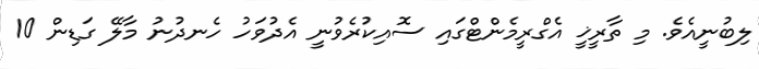
ލިބުނީއެވެ. މި ތާރީޚީ އެގްރީމެންޓްގައި ސޮއިކުރެވުނީ އެދުވަހު ހެނދުނު މާލޭ ގަޑިން 10